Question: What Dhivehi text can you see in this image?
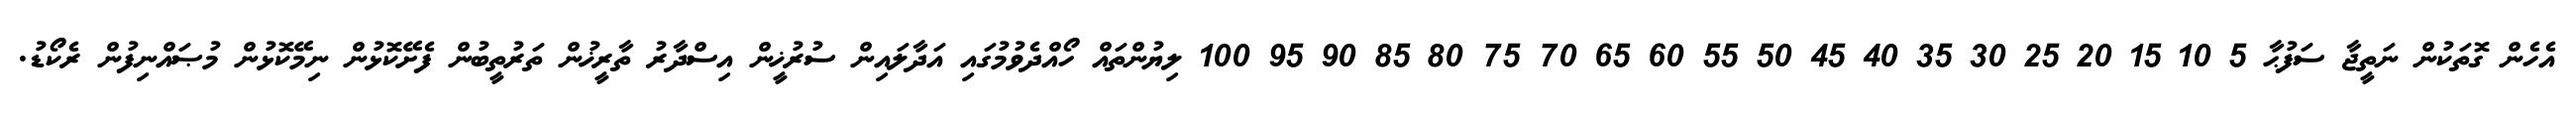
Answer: އެހެން ގޮތަކުން ނަތީޖާ ސަފުޙާ 5 10 15 20 25 30 35 40 45 50 55 60 65 70 75 80 85 90 95 100 ލިޔުންތައް ހޯއްދެވުމުގައި އަދާލައިން ސުރުޚީން އިސްދާރު ތާރީޚުން ތަރުތީބުން ފެށޭކޮޅުން ނިމޭކޮޅުން މުޞައްނިފުން ރެކޯޑު.